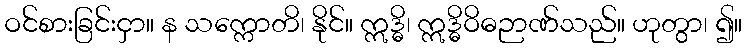
ဝင်စားခြင်းငှာ။ န သက္ကောတိ၊ နိုင်။ ဣဒ္ဓိ၊ ဣဒ္ဓိဝိဓဉာဏ်သည်။ ဟုတွာ၊ ၍။